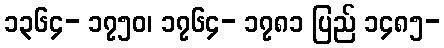
၁၃၆၄- ၁၇၅၀၊ ၁၇၆၄- ၁၇၈၁ ပြည် ၁၄၈၅-